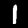
Digit: 1